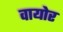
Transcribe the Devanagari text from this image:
वायोर